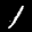
Label: 1